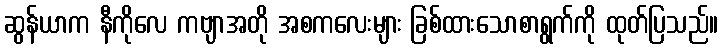
ဆွန်ယာက နီကိုလေ ကဗျာအတို အစကလေးများ ခြစ်ထားသောစာရွက်ကို ထုတ်ပြသည်။